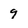
Character: 9